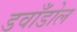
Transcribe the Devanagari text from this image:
डवाँडोल